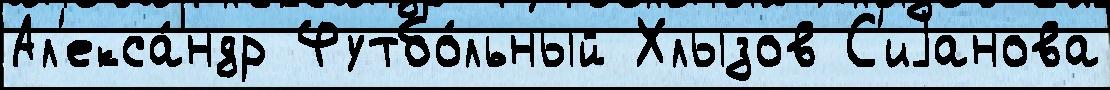
Ал'екса́ндр Футбо́льный Хлызов С'иjанова